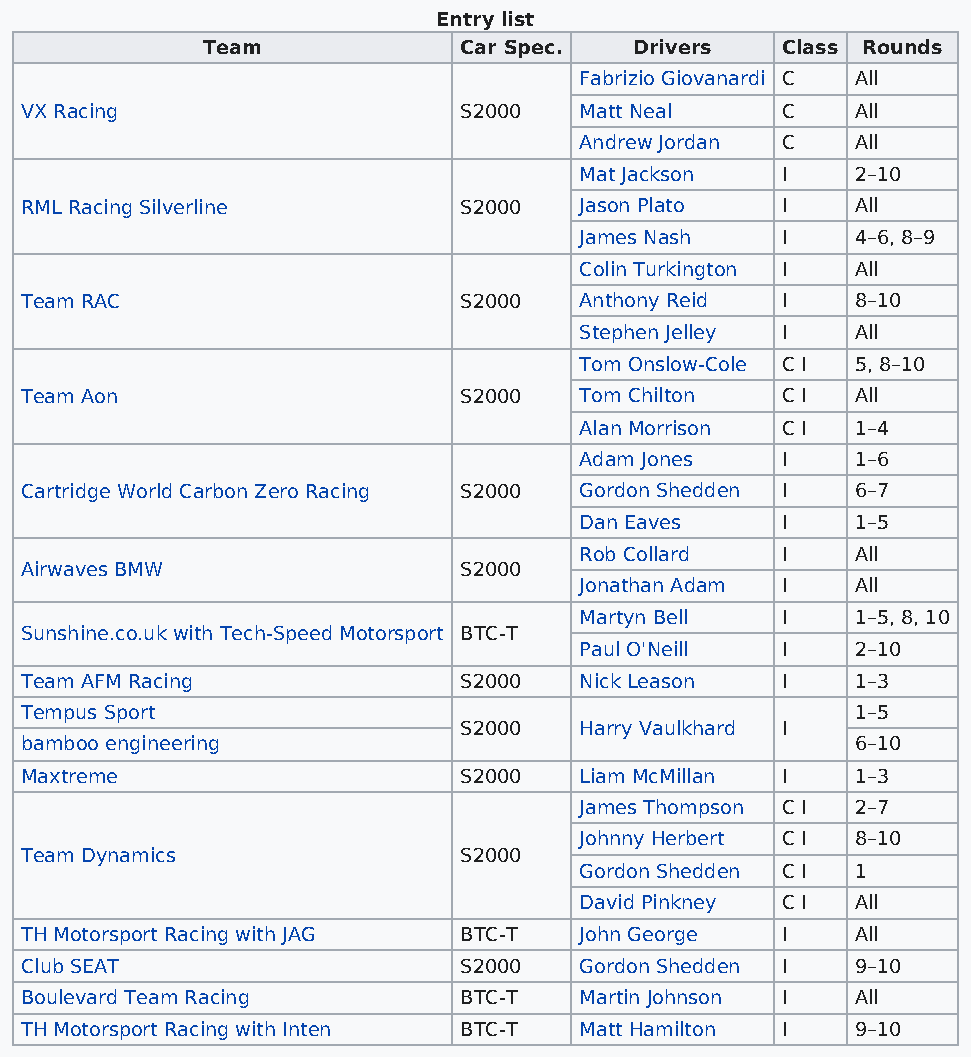
Entry list
 Team             Car Spec.   Drivers   Class Rounds
 Fabrizio Giovanardi C All
 VX Racing                    S2000   Matt Neal     C    All
 Andrew Jordan C    All
 Mat Jackson   I    2–10
 RML Racing Silverline        S2000   Jason Plato   I    All
 James Nash    I    4–6, 8–9
 Colin Turkington I All
 Team RAC                     S2000   Anthony Reid  I    8–10
 Stephen Jelley I   All
 Tom Onslow-Cole C I 5, 8–10
 Team Aon                     S2000   Tom Chilton   C I  All
 Alan Morrison C I  1–4
 Adam Jones    I    1–6
 Cartridge World Carbon Zero Racing S2000 Gordon Shedden I 6–7
 Dan Eaves     I    1–5
 Rob Collard   I    All
 Airwaves BMW                 S2000
 Jonathan Adam I    All
 Martyn Bell   I    1–5, 8, 10
 Sunshine.co.uk with Tech-Speed Motorsport BTC-T
 Paul O'Neill  I    2–10
 Team AFM Racing              S2000   Nick Leason   I    1–3
 Tempus Sport                                            1–5
 S2000   Harry Vaulkhard I
 bamboo engineering                                      6–10
 Maxtreme                     S2000   Liam McMillan I    1–3
 James Thompson C I 2–7
 Johnny Herbert C I 8–10
 Team Dynamics                S2000
 Gordon Shedden C I 1
 David Pinkney C I  All
 TH Motorsport Racing with JAG BTC-T  John George   I    All
 Club SEAT                    S2000   Gordon Shedden I   9–10
 Boulevard Team Racing        BTC-T   Martin Johnson I   All
 TH Motorsport Racing with Inten BTC-T Matt Hamilton I   9–10